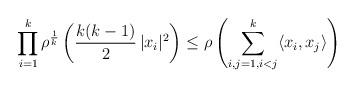
LaTeX: \begin{align*} \prod_{i=1}^k \rho^{\frac{1}{k}} \left( \frac{k(k-1)}{2} \, |x_i|^2 \right)\le \rho \left( \sum_{i, j=1, i < j}^{k} \langle x_i, x_j \rangle \right)\end{align*}